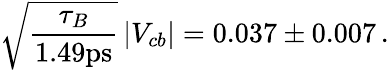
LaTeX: \sqrt{\frac{\tau_{B}}{1.49\mathrm{ps}}}\, |V_{cb}|=0.037\pm 0.007\, .